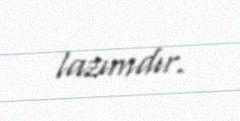
lazımdır.